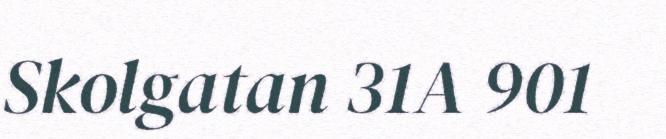
Skolgatan 31A 901